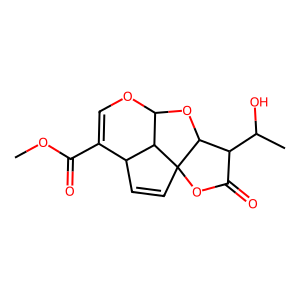
SMILES: COC(=O)C1=COC2OC3C(C(C)O)C(=O)OC34C=CC1C24
Inhibits HIV replication: No